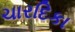
ચારદિકા